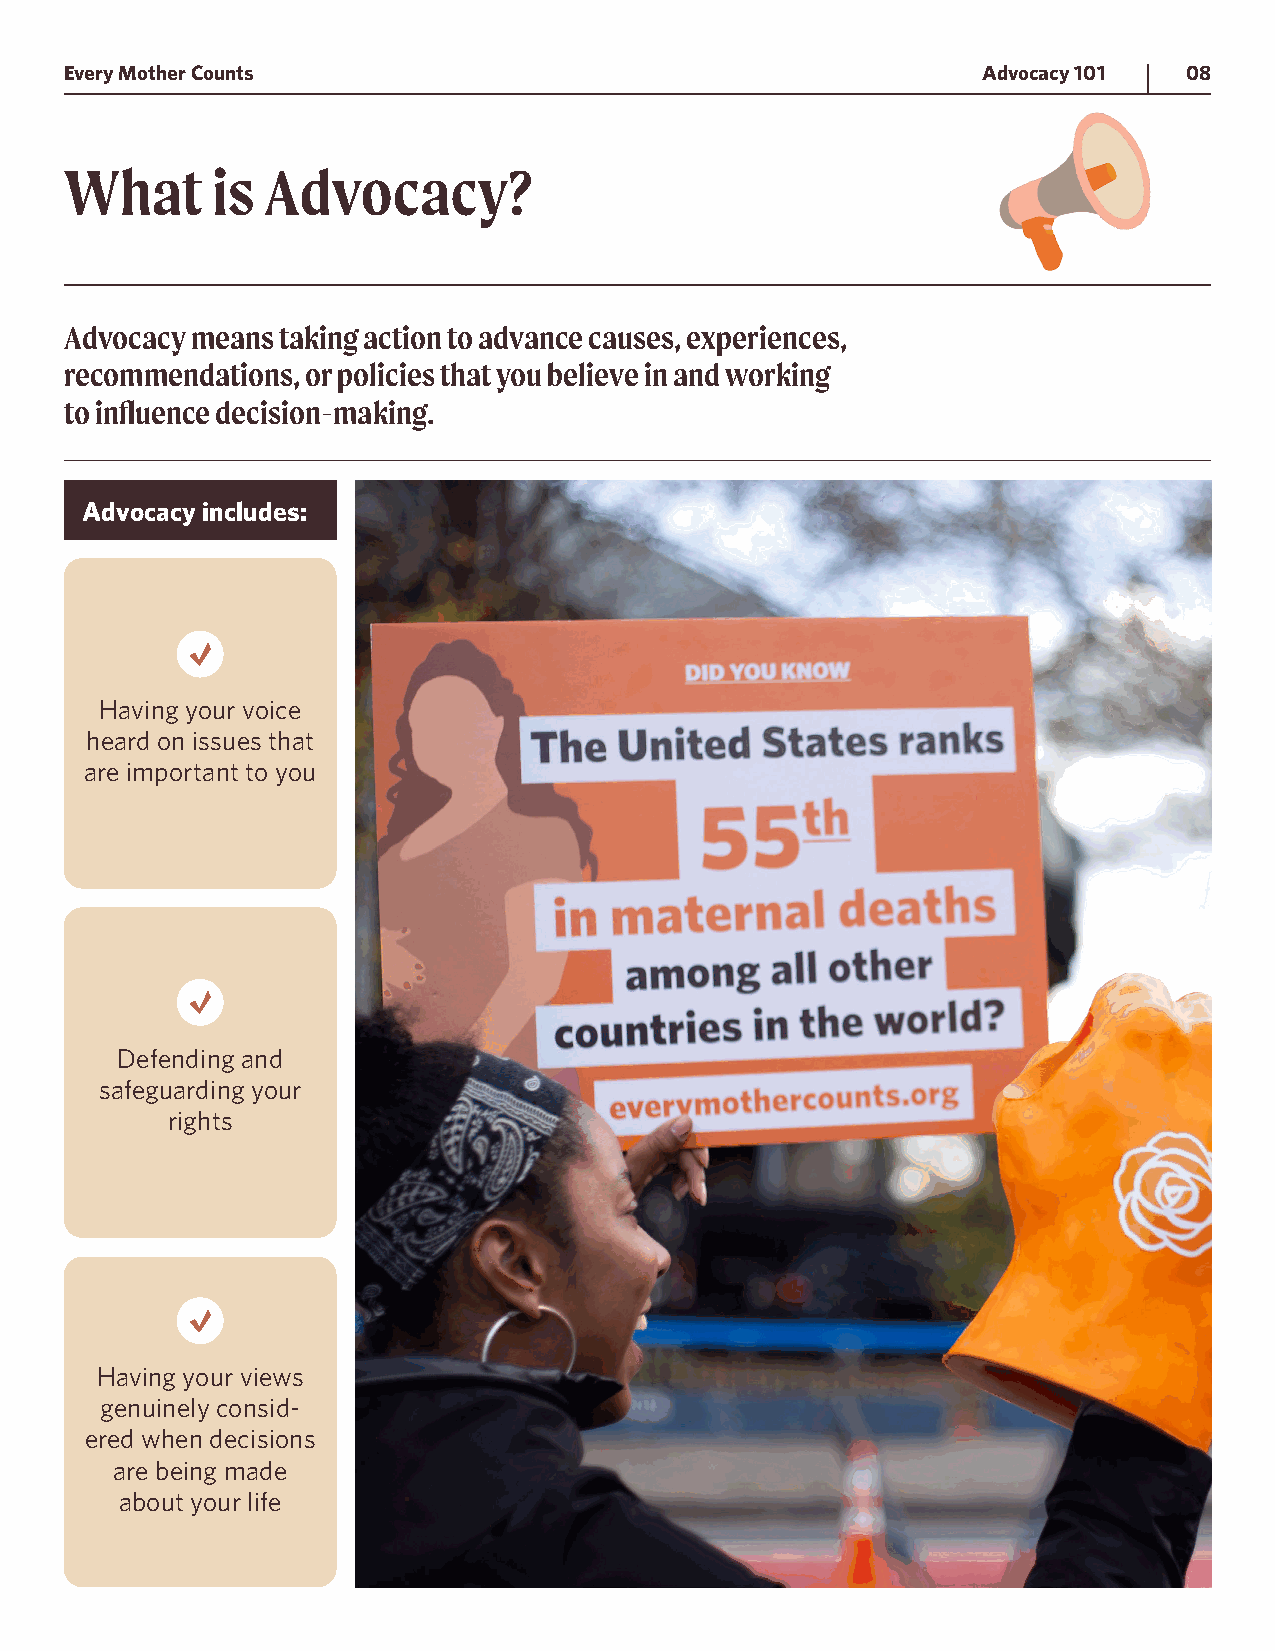
Every Mother Counts                                          Advocacy 101 08
 What      is Advocacy?
 Advocacy means taking action to advance causes, experiences,
 recommendations, or policies that you believe in and working
 to influence decision-making.
 Advocacy includes:
 Having your voice
 heard on issues that
 are important to you
 Defending and
 safeguarding your
 rights
 Having your views
 genuinely consid-
 ered when decisions
 are being made
 about your life